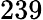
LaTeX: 239